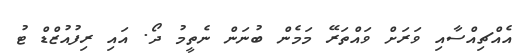
އެއްޗިއްސާއި ވަަރަށް ވައްތަރޭ މަމެން ބުނަން ނެތީމު ދޯ. އައި ރިފުއުޒްޑް ޓު